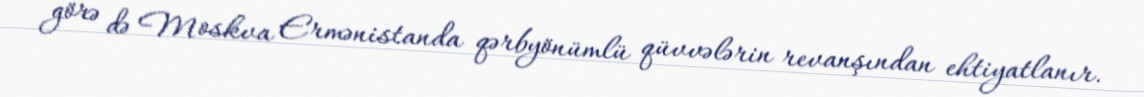
görə də Moskva Ermənistanda qərbyönümlü qüvvələrin revanşından ehtiyatlanır.